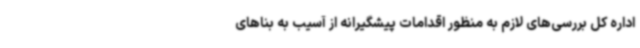
اداره کل بررسی‌های لازم به منظور اقدامات پیشگیرانه از آسیب به بناهای